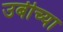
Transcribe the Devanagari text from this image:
उबीच्या